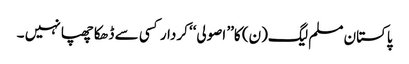
پاکستان مسلم لیگ(ن) کا’’ اصولی‘‘ کردار کسی سے ڈھکا چھپا نہیں ۔